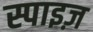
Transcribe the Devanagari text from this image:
स्पाइज़